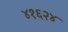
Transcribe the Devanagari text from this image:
४१६२४